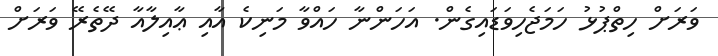
ވަރަށް ހިތްޕުޅު ހަމަޖެހިވަޑައިގެން. އަހަންނާ ހައްވާ މަނިކެ އާއި ޢާއިލާއާ ދޭތެރޭ ވަރަށް